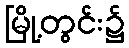
မြို့တွင်း၌